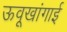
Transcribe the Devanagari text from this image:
ऊवूखांगाई